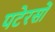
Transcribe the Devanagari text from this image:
पटेरसों